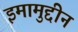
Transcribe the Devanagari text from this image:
इमामुद्दीन